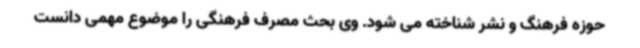
حوزه فرهنگ و نشر شناخته می شود. وی بحث مصرف فرهنگی را موضوع مهمی دانست